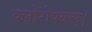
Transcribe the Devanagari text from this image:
क्लोरोफ्य्ल्ल्।